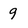
Character: 9